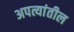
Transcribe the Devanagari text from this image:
अपत्यांतील